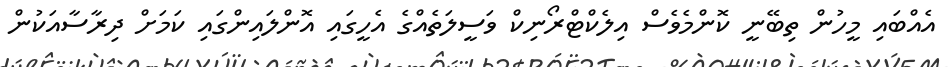
އެއްބައި މީހުން ތިބޭނީ ކޮންމެވެސް އިލެކްޓްރޯނިކް ވަސީލަތެއްގެ އެހީގައި އޮންލައިންގައި ކަމަށް ދިރާސާއަކުން